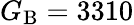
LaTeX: G_{\mathrm{B}}=3310